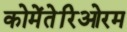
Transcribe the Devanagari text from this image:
कोमेंतेरिओरम